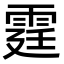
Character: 霆